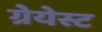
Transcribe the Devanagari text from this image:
ग्रेयेस्ट